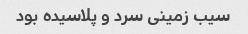
سیب زمینی سرد و پلاسیده بود